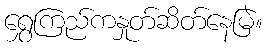
ရွှေကြည်ကနှုတ်ဆိတ်နေမြဲ။